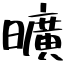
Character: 曠